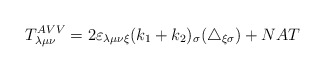
\begin{align*}T^{AVV}_{\lambda\mu\nu}=2\varepsilon_{\lambda\mu\nu\xi}(k_1+k_2)_\sigma(\triangle_{\xi\sigma})+NAT\end{align*}